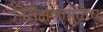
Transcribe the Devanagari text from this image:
निरीक्षणामुळेच